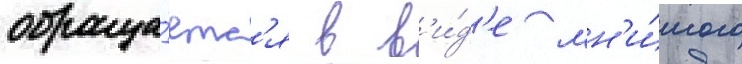
обраща́етс'я в в'и́д'е мн'и́мого